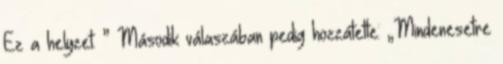
Ez a helyzet. ” Második válaszában pedig hozzátette: „Mindenesetre